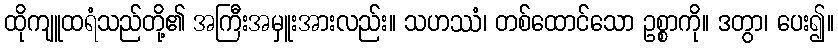
ထိုကျူထရံသည်တို့၏ အကြီးအမှူးအားလည်း။ သဟဿံ၊ တစ်ထောင်သော ဥစ္စာကို။ ဒတွာ၊ ပေး၍။